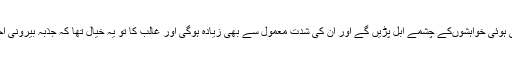
لیکن قحط کے کم ہوتے ہی دبی ہوئی خواہشوںکے چشمے ابل پڑیں گے اور ان کی شدت معمول سے بھی زیادہ ہوگی اور غالب کا تو یہ خیال تھا کہ جذبہ بیرونی احوال کے آگے سر نہیں جھکاتا۔